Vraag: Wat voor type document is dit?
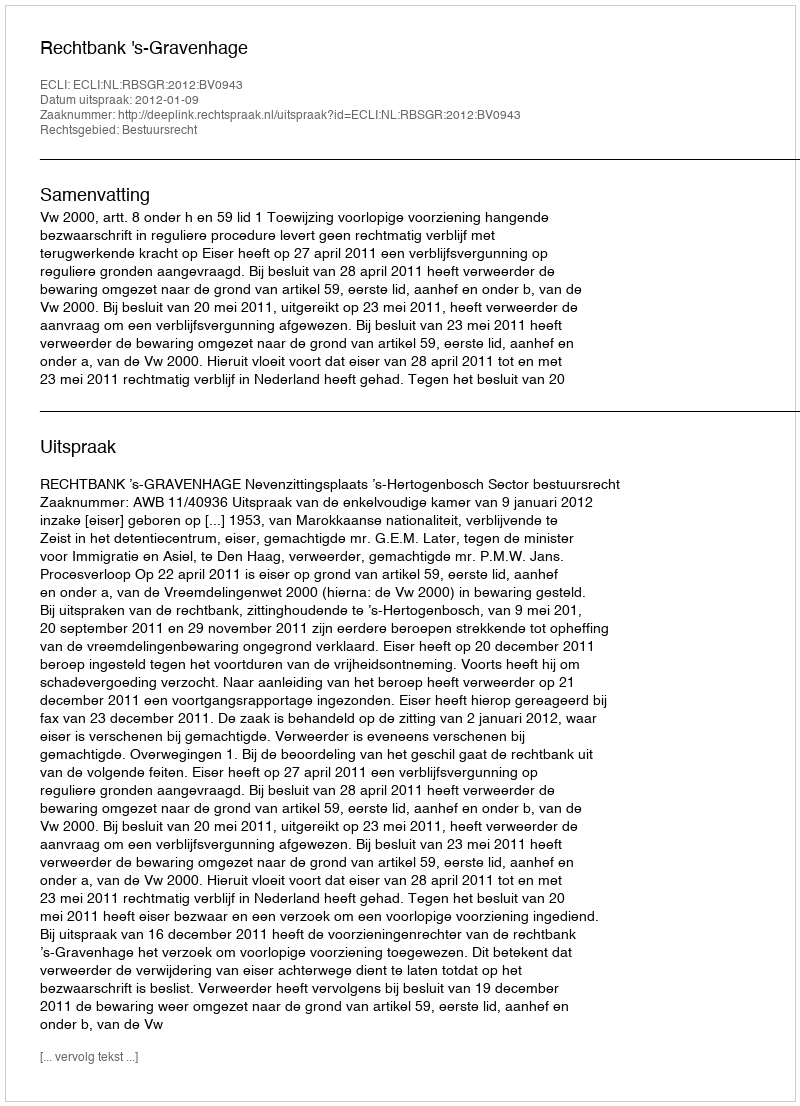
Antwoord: Uitspraak